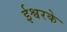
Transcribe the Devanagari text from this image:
ईश्वरके